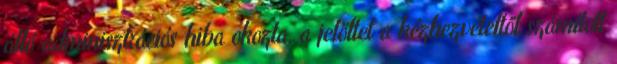
álló adminisztrációs hiba okozta, a jelöltet a kézhezvételtől számított